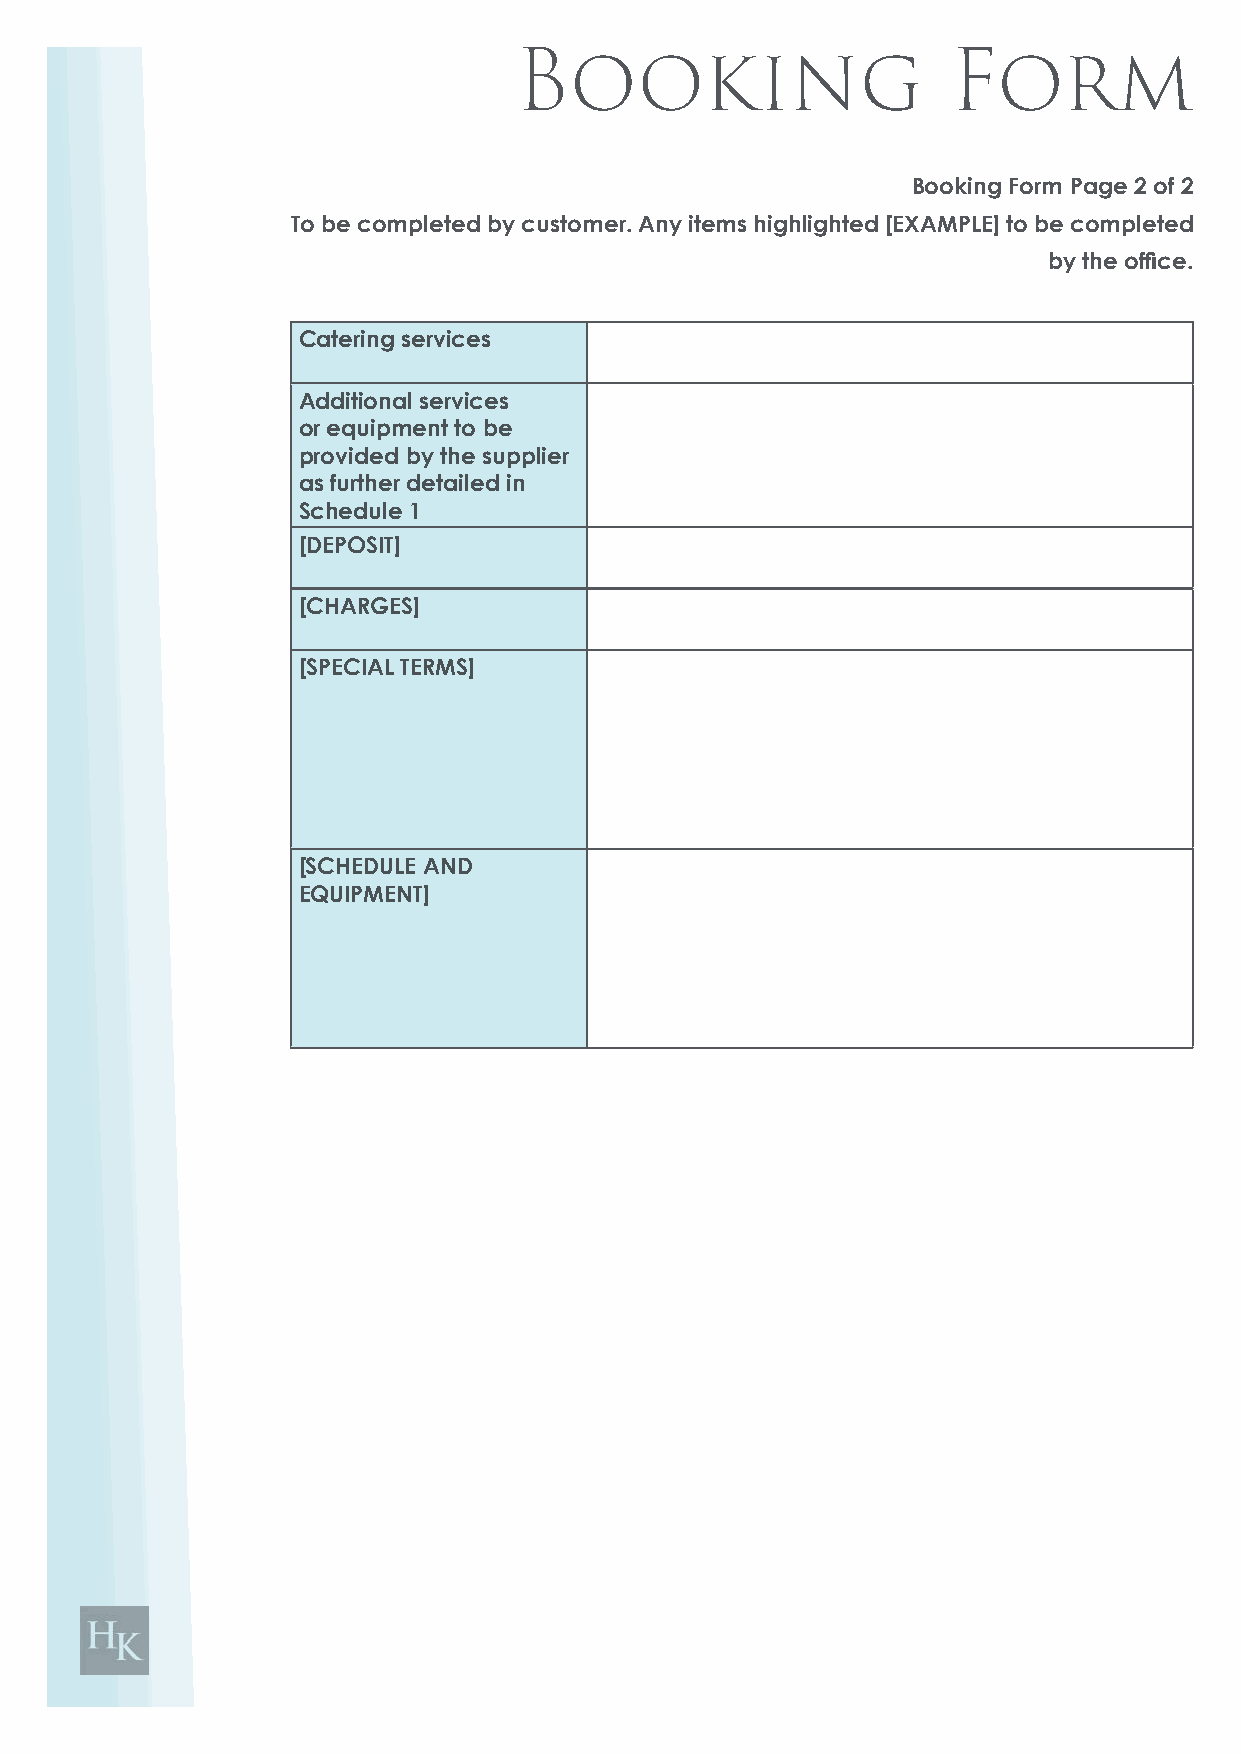
Booking                      Form
 Booking Form Page 2 of 2
 To be completed by customer. Any items highlighted [EXAMPLE] to be completed
 by the office.
 Catering services
 Additional services
 or equipment to be
 provided by the supplier
 as further detailed in
 Schedule 1
 [DEPOSIT]
 [CHARGES]
 [SPECIAL TERMS]
 [SCHEDULE AND
 EQUIPMENT]